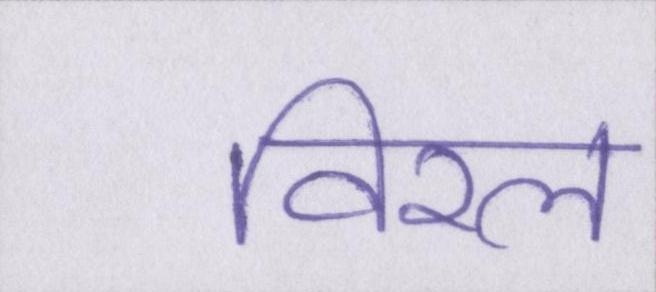
विरल